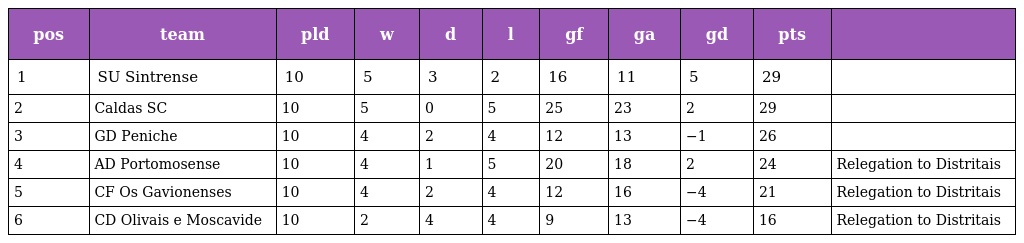
| pos | team | pld | w | d | l | gf | ga | gd | pts |  |
 | --- | --- | --- | --- | --- | --- | --- | --- | --- | --- | --- |
 | 1 | SU Sintrense | 10 | 5 | 3 | 2 | 16 | 11 | 5 | 29 |  |
 | 2 | Caldas SC | 10 | 5 | 0 | 5 | 25 | 23 | 2 | 29 |  |
 | 3 | GD Peniche | 10 | 4 | 2 | 4 | 12 | 13 | −1 | 26 |  |
 | 4 | AD Portomosense | 10 | 4 | 1 | 5 | 20 | 18 | 2 | 24 | Relegation to Distritais |
 | 5 | CF Os Gavionenses | 10 | 4 | 2 | 4 | 12 | 16 | −4 | 21 | Relegation to Distritais |
 | 6 | CD Olivais e Moscavide | 10 | 2 | 4 | 4 | 9 | 13 | −4 | 16 | Relegation to Distritais |